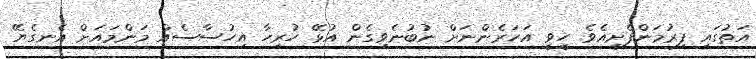
އަތުގައި ފިރުމަންފެށިއެވެ. ހީވީ އަހަރެންނަށް ނުބުނެވިގެން އުޅޭ ހުރިހާ އިހުސާސެއް މަންމައަށް އެނގެޔޭ